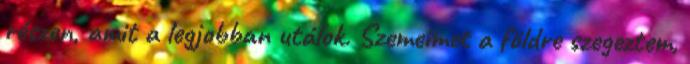
részen, amit a legjobban utálok. Szemeimet a földre szegeztem,